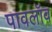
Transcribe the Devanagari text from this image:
पावलॉव